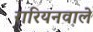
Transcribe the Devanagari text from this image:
रारियनवाले